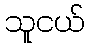
သူငယ်